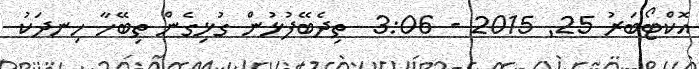
އޮކްޓޯބަރު 25